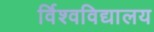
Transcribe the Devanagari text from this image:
र्विश्वविद्यालय